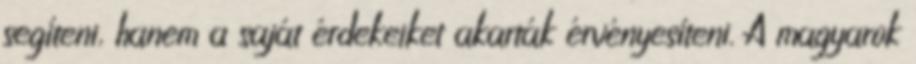
segíteni, hanem a saját érdekeiket akarták érvényesíteni. A magyarok